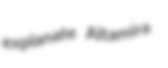
explanate Altamira